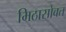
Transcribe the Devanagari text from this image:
मिठासोबत